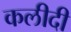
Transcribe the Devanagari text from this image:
कलीदी